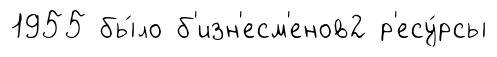
1955 бы́ло б'изн'есм'енов2 р'есу́рсы